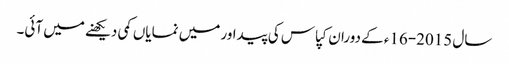
سال 2015-16ء کے دوران کپاس کی پیداور میں نمایاں کمی دیکھنے میں آئی۔